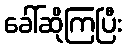
ခေါ်ဆိုကြပြီး